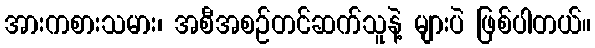
အားကစားသမား၊ အစီအစဉ်တင်ဆက်သူနဲ့ များပဲ ဖြစ်ပါတယ်။